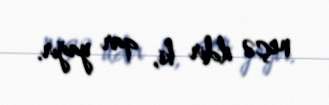
neçə ildir ki, qar yağır.